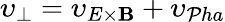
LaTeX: \upsilon_{\perp}=\upsilon_{E\times\mathbf{B}}+\upsilon_{\mathcal{P}ha}